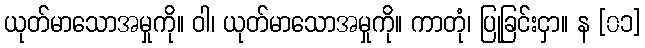
ယုတ်မာသောအမှုကို။ ဝါ၊ ယုတ်မာသောအမှုကို။ ကာတုံ၊ ပြုခြင်းငှာ။ န [၀၁]